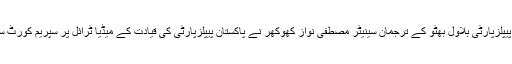
جمعہ کو اپنے بیان میں چیئرمین پیپلزپارٹی بلاول بھٹو کے ترجمان سینیٹر مصطفی نواز کھوکھر نے پاکستان پیپلزپارٹی کی قیادت کے میڈیا ٹرائل پر سپریم کورٹ سے نوٹس لینے کا مطالبہ کیا ہے۔